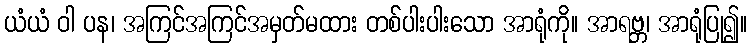
ယံယံ ဝါ ပန၊ အကြင်အကြင်အမှတ်မထား တစ်ပါးပါးသော အာရုံကို။ အာရဗ္ဘ၊ အာရုံပြု၍။